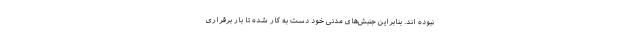
نبوده اند. بنابراین جنبش‌های مدنی خود دست به کار شده تا بار برقراری